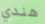
هندي